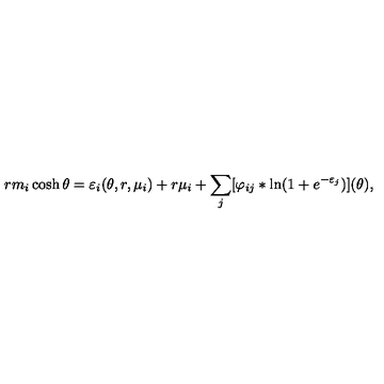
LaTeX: r m _ { i } \cosh \theta = \varepsilon _ { i } ( \theta , r , \mu _ { i } ) + r \mu _ { i } + \sum _ { j } [ \varphi _ { i j } \ast \ln ( 1 + e ^ { - \varepsilon _ { j } } ) ] ( \theta ) ,